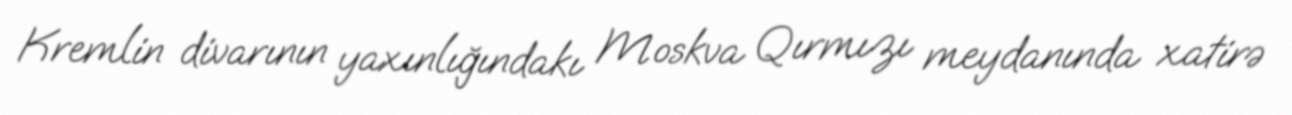
Kremlin divarının yaxınlığındakı Moskva Qırmızı meydanında xatirə